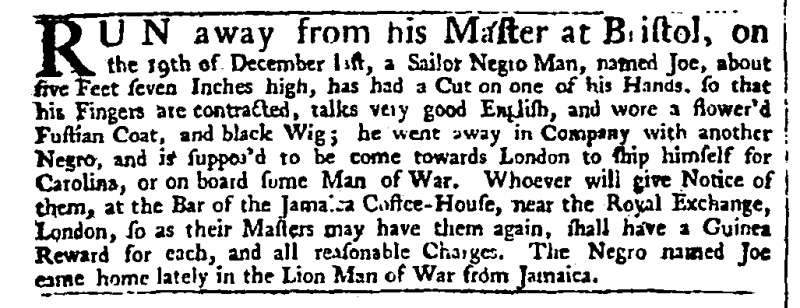
Daily Advertiser, 5 January 1744 (England)
RUN away from his Master at Bristol, on the 19th of December last, a Sailor Negro Man, named Joe, about five Feet seven Inches high, has had a Cut on one of his Hands, so that his Fingers are contracted, talks very good English, and wore a flower’d Fustian Coat, and black Wig; he went away in Company with another Negro, and is suppos’d to be come towards London to ship himself for Carolina, or on board some Man of War. Whoever will give Notice of them, at the Bar of the Jamaica Coffee-House, near the Royal Exchange, London, so as their Masters may have them again, shall have a Guinea Reward for each, and all reasonable Charges. The Negro named Joe came home lately in the Lion Man of War from Jamaica.